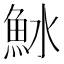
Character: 𬵆